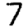
Digit: 7